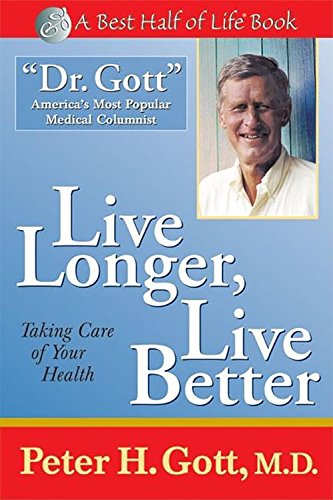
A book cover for Live Longer, Live Better: Taking Care of Your Health After 50 (Best Half of Life Se); Peter H. Gott; Self-Help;